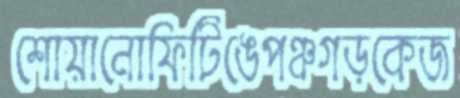
শোয়ানোফিটিঙেপঞ্চগড়কেজ